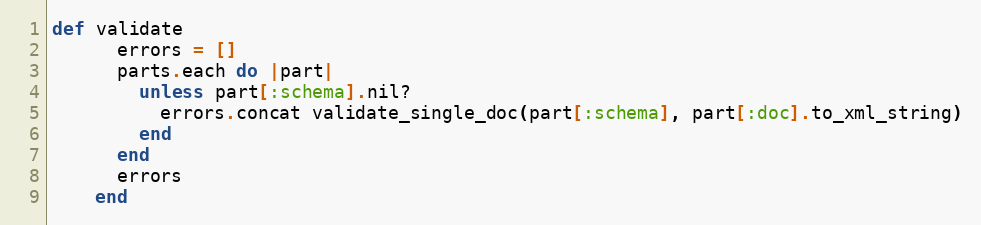
Language: Ruby
def validate
      errors = []
      parts.each do |part|
        unless part[:schema].nil?
          errors.concat validate_single_doc(part[:schema], part[:doc].to_xml_string)
        end
      end
      errors
    end